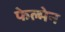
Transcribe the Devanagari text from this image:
फेल्मेन